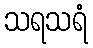
သရသရံ